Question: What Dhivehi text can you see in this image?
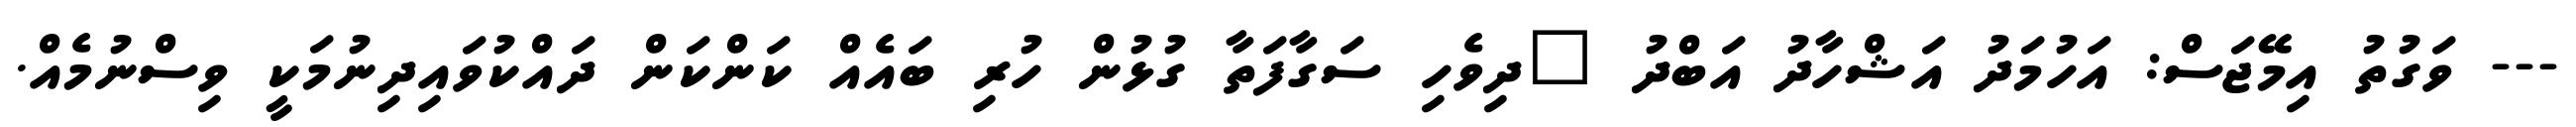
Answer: --- ވަގުތު އިމޭޖަސް: އަހުމަދު އަޝްހާދު އަބްދު "ދިވެހި ސަގާފަތާ ގުޅުން ހުރި ބައެއް ކަންކަން ދައްކުވައިދިނުމަކީ ވިސްނުމެއް.